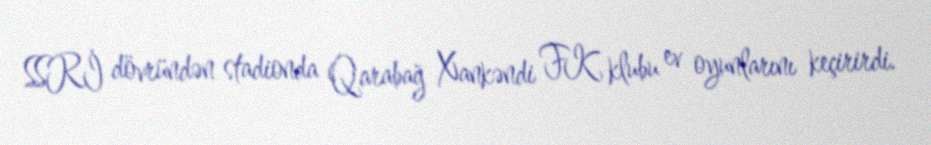
SSRİ dövründən stadionda Qarabağ Xankəndi FK klubu ev oyunlarını keçirirdi.